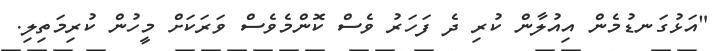
"އަޅުގަނޑުމެން އިއުލާން ކުރި ދެ ފަހަރު ވެސް ކޮންމެވެސް ވަރަކަށް މީހުން ކުރިމަތިލި.